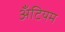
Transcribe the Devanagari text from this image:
अँटियम